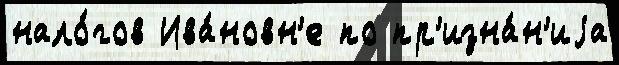
нало́гов Ива́новн'е по пр'изна́н'иjа